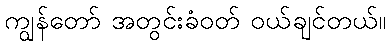
ကျွန်တော် အတွင်းခံဝတ် ဝယ်ချင်တယ်။